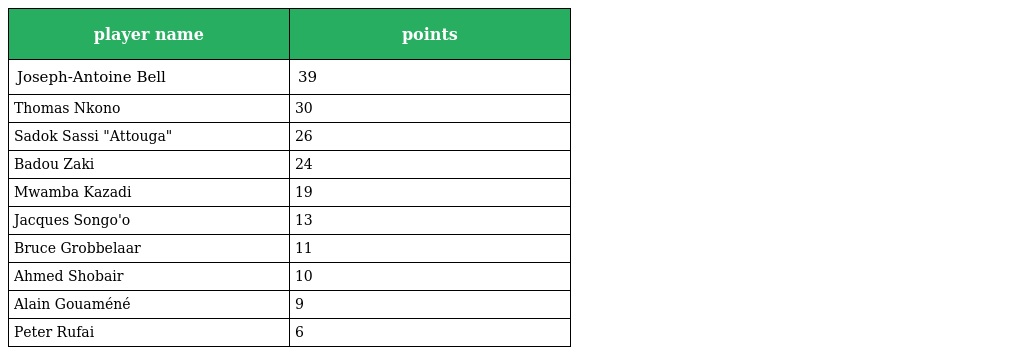
| player name | points |
 | --- | --- |
 | Joseph-Antoine Bell | 39 |
 | Thomas Nkono | 30 |
 | Sadok Sassi "Attouga" | 26 |
 | Badou Zaki | 24 |
 | Mwamba Kazadi | 19 |
 | Jacques Songo'o | 13 |
 | Bruce Grobbelaar | 11 |
 | Ahmed Shobair | 10 |
 | Alain Gouaméné | 9 |
 | Peter Rufai | 6 |